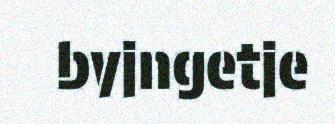
byjngetje